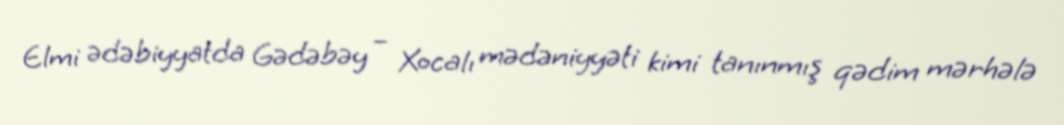
Elmi ədəbiyyatda Gədəbəy – Xocalı mədəniyyəti kimi tanınmış qədim mərhələ